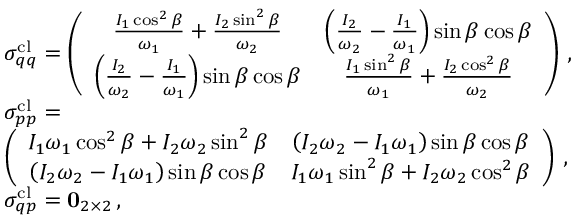
\begin{array} { r l } & { \sigma _ { q q } ^ { \mathrm { c l } } = \left( \begin{array} { c c } { \frac { I _ { 1 } \cos ^ { 2 } \beta } { \omega _ { 1 } } + \frac { I _ { 2 } \sin ^ { 2 } \beta } { \omega _ { 2 } } } & { \left( \frac { I _ { 2 } } { \omega _ { 2 } } - \frac { I _ { 1 } } { \omega _ { 1 } } \right) \sin \beta \cos \beta } \\ { \left( \frac { I _ { 2 } } { \omega _ { 2 } } - \frac { I _ { 1 } } { \omega _ { 1 } } \right) \sin \beta \cos \beta } & { \frac { I _ { 1 } \sin ^ { 2 } \beta } { \omega _ { 1 } } + \frac { I _ { 2 } \cos ^ { 2 } \beta } { \omega _ { 2 } } } \end{array} \right) \, , } \\ & { \sigma _ { p p } ^ { \mathrm { c l } } = } \\ & { \left( \begin{array} { c c } { I _ { 1 } \omega _ { 1 } \cos ^ { 2 } \beta + I _ { 2 } \omega _ { 2 } \sin ^ { 2 } \beta } & { \left( I _ { 2 } \omega _ { 2 } - I _ { 1 } \omega _ { 1 } \right) \sin \beta \cos \beta } \\ { \left( I _ { 2 } \omega _ { 2 } - I _ { 1 } \omega _ { 1 } \right) \sin \beta \cos \beta } & { I _ { 1 } \omega _ { 1 } \sin ^ { 2 } \beta + I _ { 2 } \omega _ { 2 } \cos ^ { 2 } \beta } \end{array} \right) \, , } \\ & { \sigma _ { q p } ^ { \mathrm { c l } } = \mathbf { 0 } _ { 2 \times 2 } \, , } \end{array}